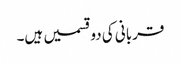
قربانی کی دوقسمیں ہیں۔